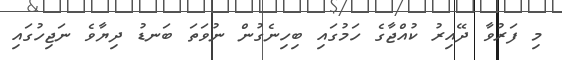
މި ފަރުވާ ދޭއިރު ކުއްޖާގެ ހަމުގައި ބިހިނެގުން ނުވަތަ ބަނޑު ދިޔާވެ ނަޖިހުގައި